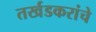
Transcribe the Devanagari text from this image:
तर्खडकरांचे